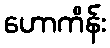
ဟောကိန်း